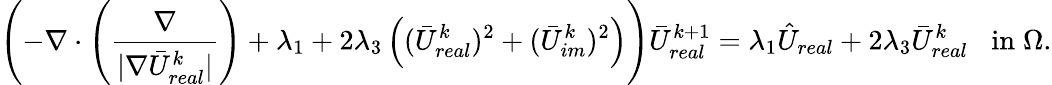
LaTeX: \left(-\nabla\cdot\left(\frac{\nabla}{|\nabla\bar{U}_{real}^{k}|}\right)+\lambda_{1}+2\lambda_{3}\left((\bar{U}_{real}^{k})^{2}+(\bar{U}_{im}^{k})^{2}\right)\right)\bar{U}_{real}^{k+1}=\lambda_{1}\hat{U}_{real}+2\lambda_{3}\bar{U}_{real}^{k}\; \; \; \mathrm{in}\; \Omega.